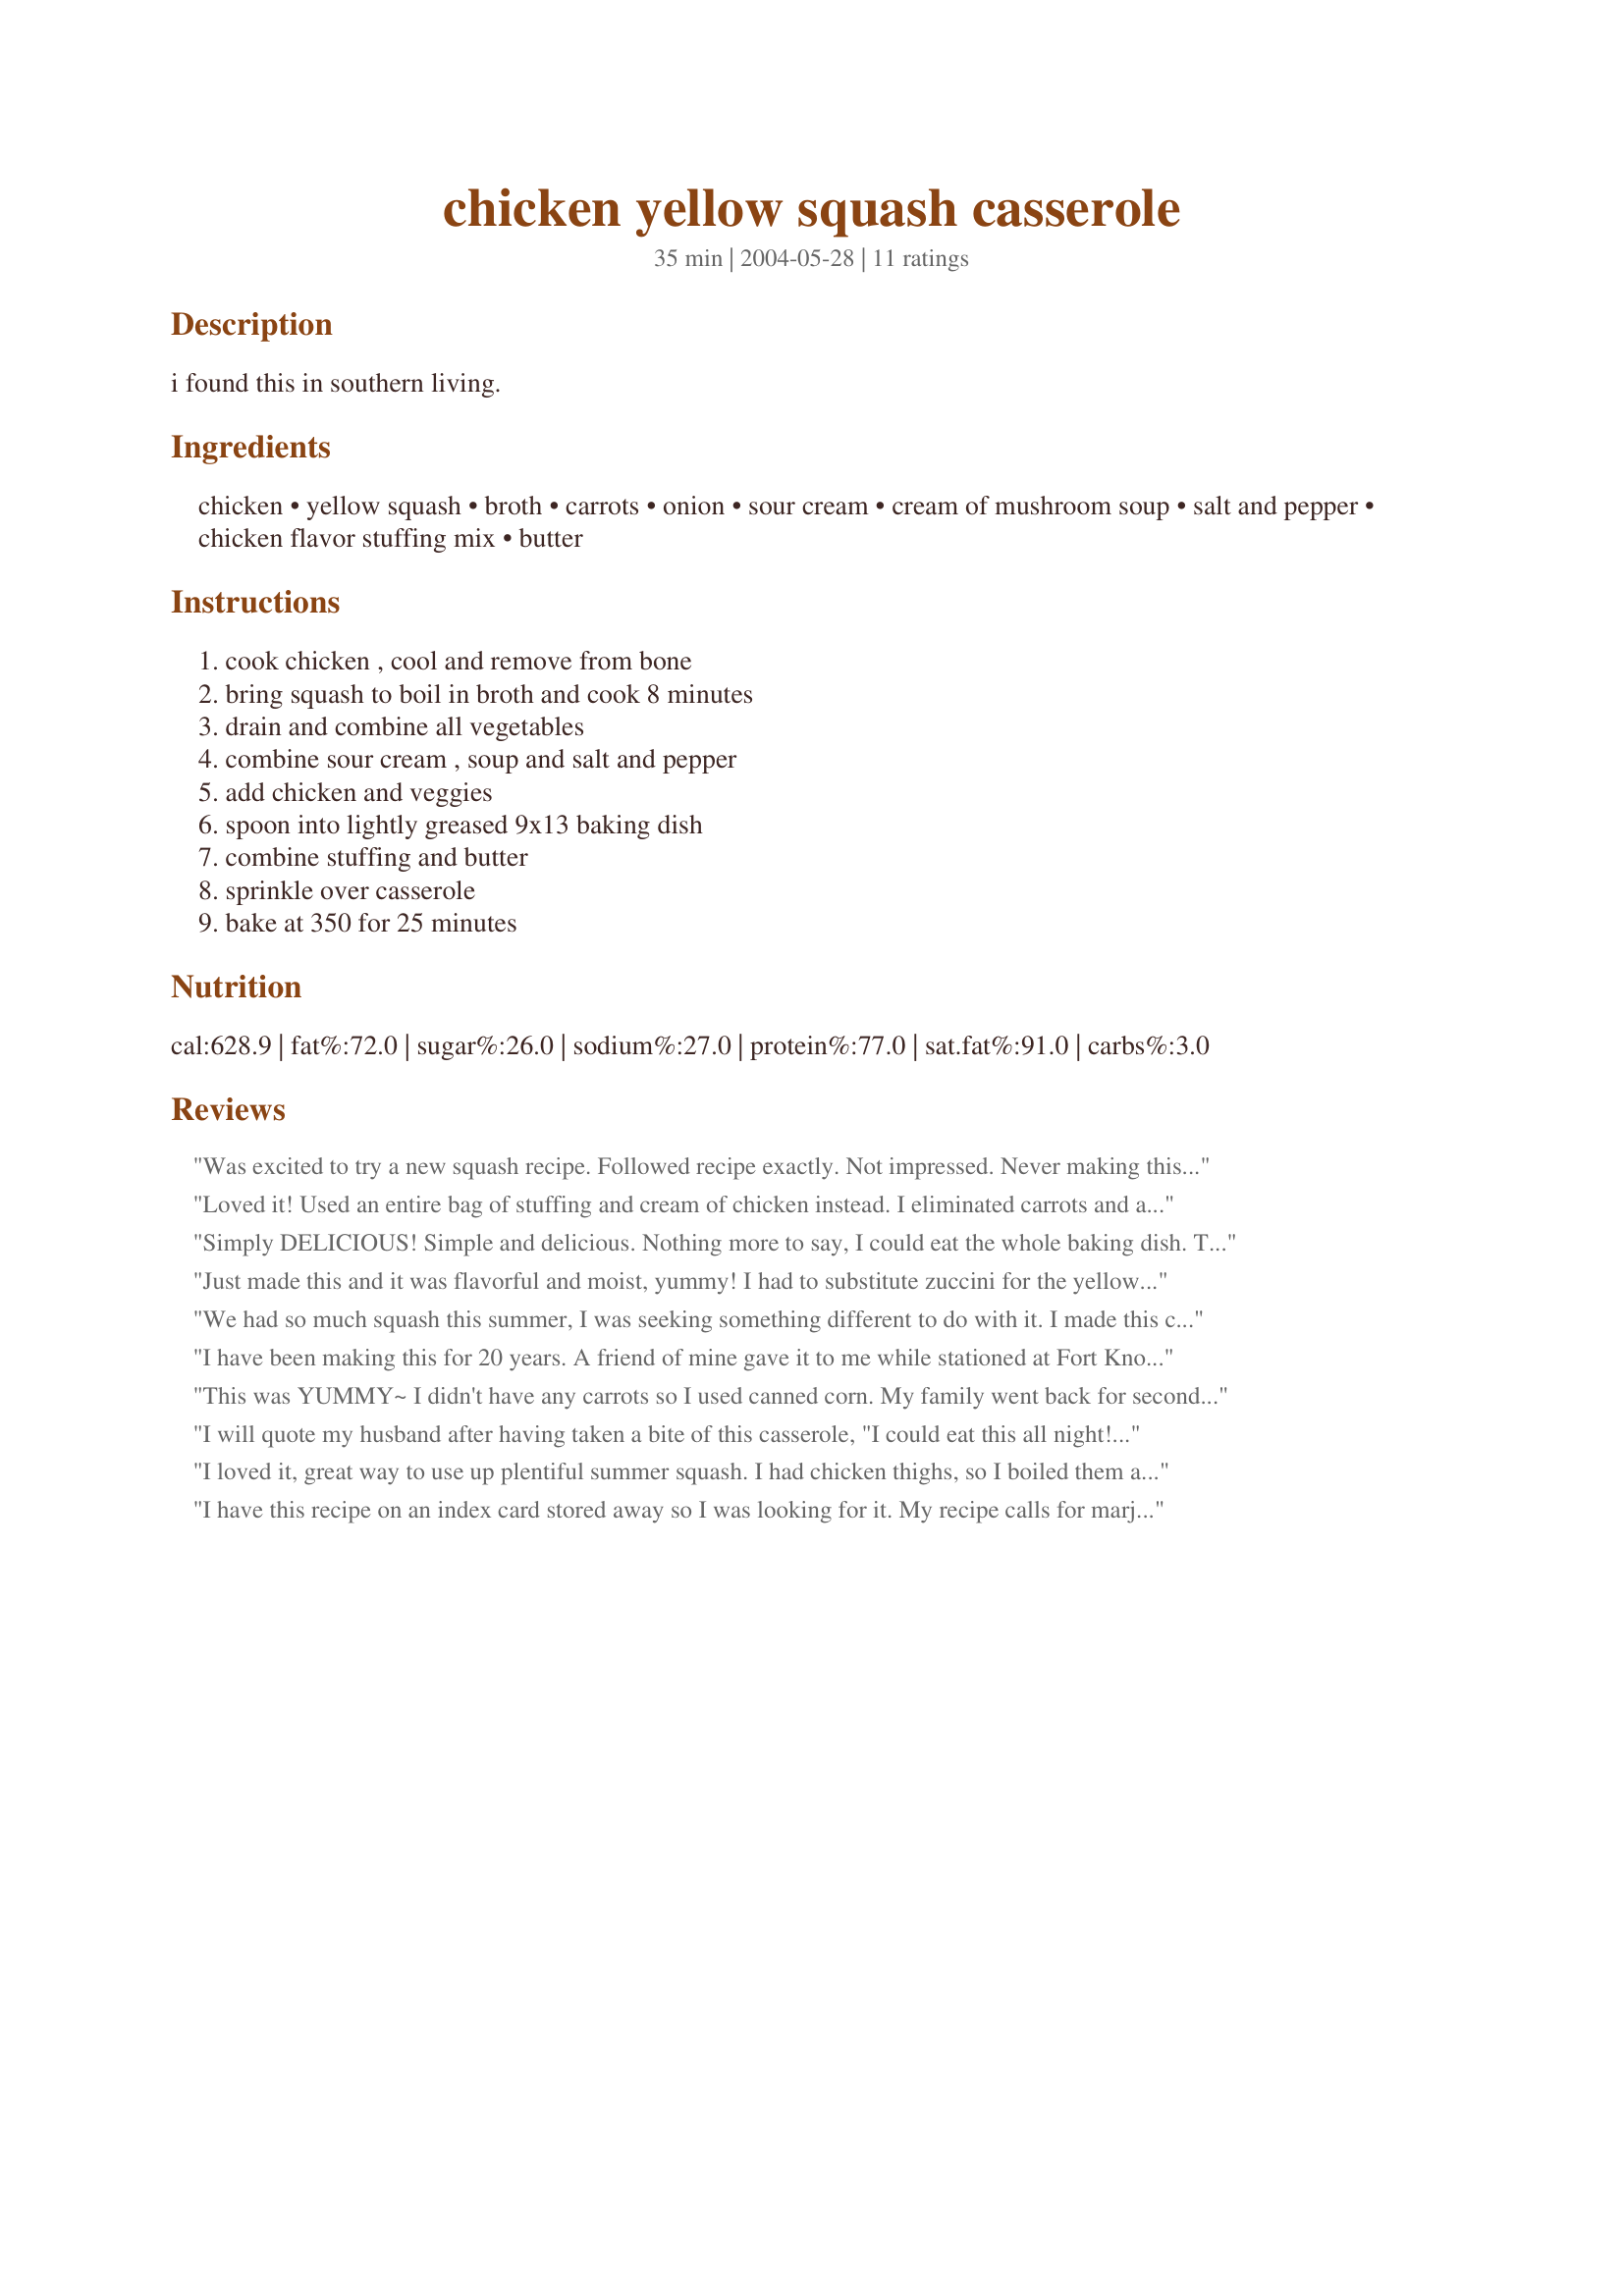
chicken yellow squash casserole
Preparation time: 35 minutes

i found this in southern living.

Ingredients:
chicken, yellow squash, broth, carrots, onion, sour cream, cream of mushroom soup, salt and pepper, chicken flavor stuffing mix, butter

Steps:
cook chicken , cool and remove from bone, bring squash to boil in broth and cook 8 minutes, drain and combine all vegetables, combine sour cream , soup and salt and pepper, add chicken and veggies, spoon into lightly greased 9x13 baking dish, combine stuffing and butter, sprinkle over casserole, bake at 350 for 25 minutes

Reviews:
Was excited to try a new squash recipe. Followed recipe exactly. Not impressed. Never making this again. It was edible for the adults, but no one wanted seconds &amp; the kids really didn't like it at all (even though they normally like these ingredients).
Loved it! Used an entire bag of stuffing and cream of chicken instead. I eliminated carrots and added fresh mushrooms. Pan was licked clean!
Simply DELICIOUS! Simple and delicious. Nothing more to say, I could eat the whole baking dish. Thanks, something to do with all of the squash coming this year.
Just made this and it was flavorful and moist, yummy! I had to substitute zuccini for the yellow squash, but it tasted great. I made more stuffing topping, used about 3/4 of a cup and it came out really nice and crunchy. I also used 1 1/2 boneless skinless chicken breasts as I find it easier to cut up and add to the mix. Thanks for sharing!
We had so much squash this summer, I was seeking something different to do with it. I made this casserole, and my honey said he could eat it every night! I have shared it with friends, and my daughters. It has been marked &quot;super-special!&quot; I have made it three times in the past month, and it makes enough for feed the 2 of us for three nights!
I have been making this for 20 years. A friend of mine gave it to me while stationed at Fort Knox Kentucky. She made it with no chicken so I added it. I googled the recipe just by chance and couldnt believe my eyes when I seen this. I thought who stole my recipe. Well I guess it dont matter now. All I can say is that this is a big hit with my family and friends.
This was YUMMY~ I didn't have any carrots so I used canned corn. My family went back for seconds and the leftovers were great the next day! You hide lots of veggies in here for the picky eaters~
I will quote my husband after having taken a bite of this casserole, "I could eat this all night!" I followed the recipe fairly closely and the finished product was very creamy, so I put it over spiral garden pasta. Superb! We are growing our own squash, carrots and onions, so I anticipate making this often this summer.
I loved it, great way to use up plentiful summer squash. I had chicken thighs, so I boiled them and made my own chicken broth, added carrots and onions , then added them to the dish. I didn't have chicken stuffing, so Imused cornbread instead, used more like a cup, and added more broth, along with the butter. Delicious!
I have this recipe on an index card stored away so I was looking for it. My recipe calls for marjoram, and probably a few diffences but I didn't care. Definitely add marjoram though, makes it special.
Mmmm! I was looking for a recipe to use up some of my extra squash and decided to give this a try. It was so good and so easy. I used boneless, skinless chicken breasts, used both yellow squash and zucchini, added a can of drained cut green beans, (all seasoned with some garlic powder) and a little more of the stuffing topping. We ate half the pan between us!!
